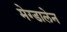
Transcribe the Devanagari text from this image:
मेग्डालेन